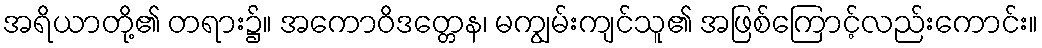
အရိယာတို့၏ တရား၌။ အကောဝိဒတ္တေန၊ မကျွမ်းကျင်သူ၏ အဖြစ်ကြောင့်လည်းကောင်း။